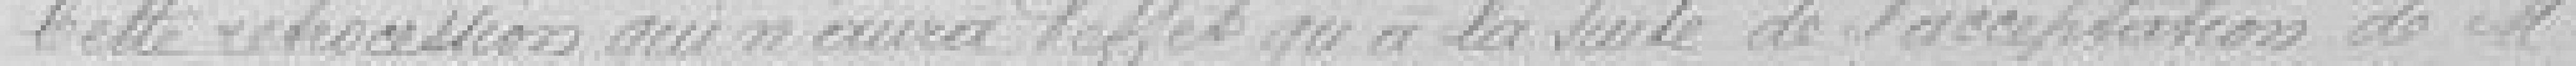
Cette rétrocession qui n'aura d'effet qu'à la suite de l'acceptation de monsieur